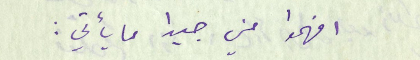
افهموا مني جيدًا ما يأتي: